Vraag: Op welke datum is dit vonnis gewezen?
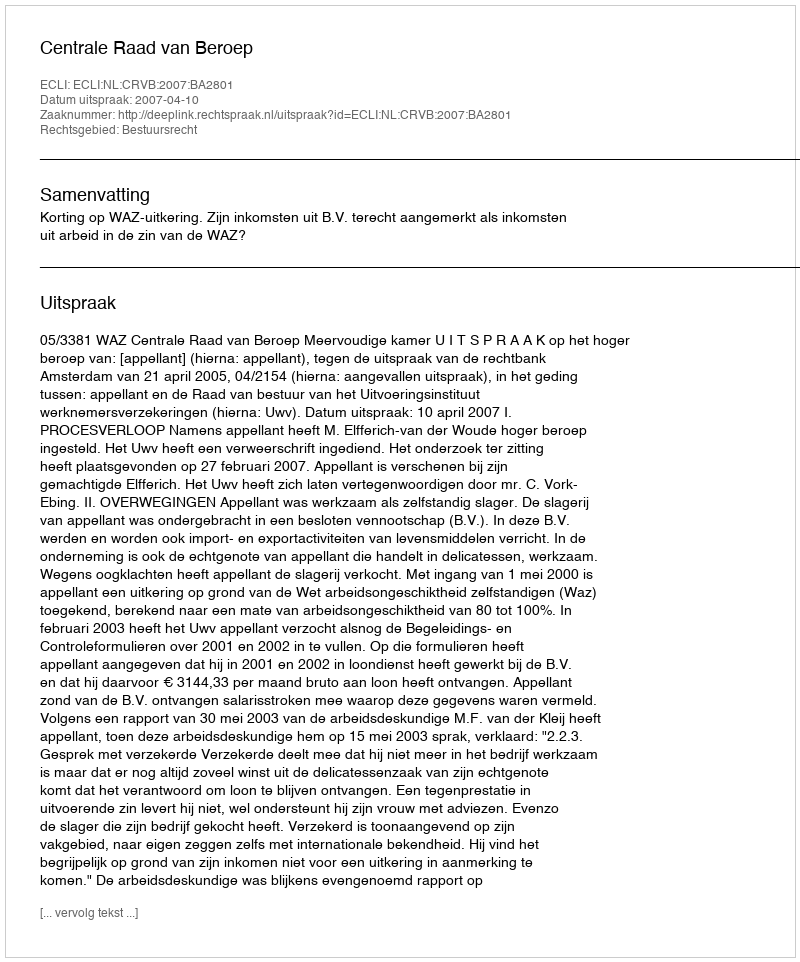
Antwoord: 2007-04-10